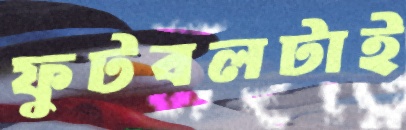
ফুটবলটাই